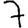
Digit: 7